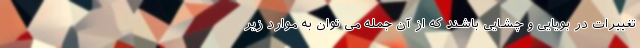
تغییرات در بویایی و چشایی باشند که از آن جمله می توان به موارد زیر